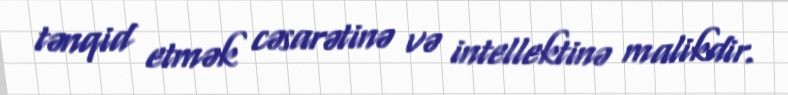
tənqid etmək cəsarətinə və intellektinə malikdir.